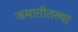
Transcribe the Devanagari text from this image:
जमातीतल्या